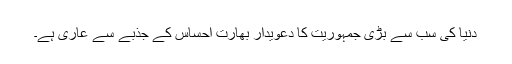
دنیا کی سب سے بڑی جمہوریت کا دعویدار بھارت احساس کے جذبے سے عاری ہے۔